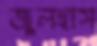
জুলহাস